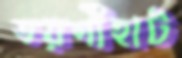
তরণীহাট